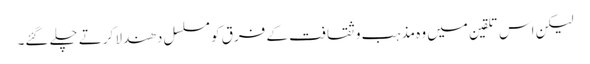
لیکن اس تلقین میں وہ مذہب و ثقافت کے فرق کو مسلسل دھندلا کرتے چلے گئے۔